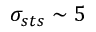
\sigma _ { s t s } \sim 5